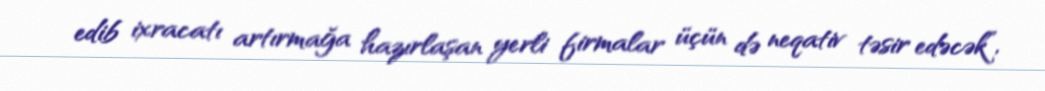
edib ixracatı artırmağa hazırlaşan yerli firmalar üçün də neqativ təsir edəcək”,